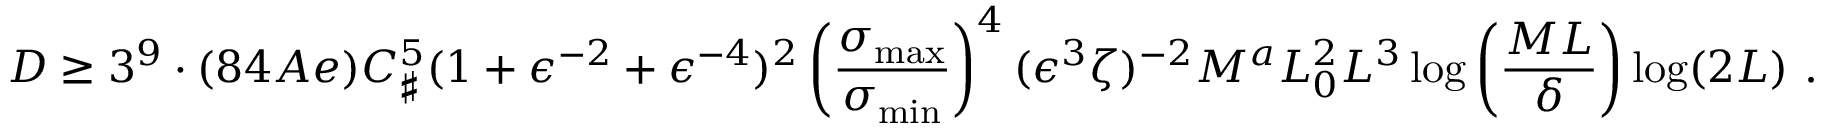
D \geq 3 ^ { 9 } \cdot ( 8 4 A e ) C _ { \sharp } ^ { 5 } ( 1 + \epsilon ^ { - 2 } + \epsilon ^ { - 4 } ) ^ { 2 } \left( \frac { \sigma _ { \operatorname* { m a x } } } { \sigma _ { \operatorname* { m i n } } } \right) ^ { 4 } ( \epsilon ^ { 3 } \zeta ) ^ { - 2 } M ^ { a } L _ { 0 } ^ { 2 } L ^ { 3 } \log \left( \frac { M L } \delta \right) \log ( 2 L ) \ .